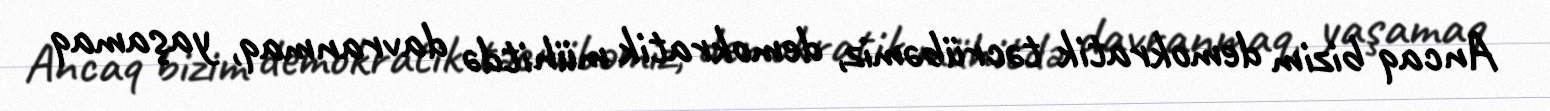
Ancaq bizim demokratik təcrübəmiz, demokratik mühitdə davranmaq, yaşamaq